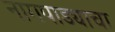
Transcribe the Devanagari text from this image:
नागपाड्याचा